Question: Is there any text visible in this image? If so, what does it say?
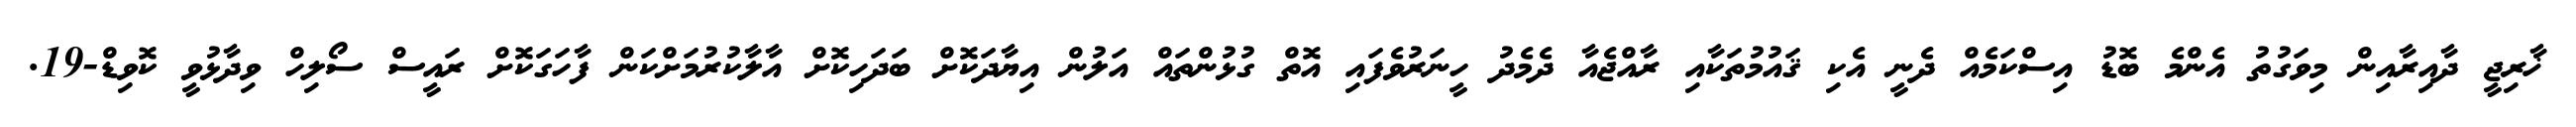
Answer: ޚާރިޖީ ދާއިރާއިން މިވަގުތު އެންމެ ބޮޑު އިސްކަމެއް ދެނީ އެކި ޤައުމުތަކާއި ރާއްޖެއާ ދެމެދު ހީނަރުވެފައި އޮތް ގުޅުންތައް އަލުން އިޔާދަކޮށް ބަދަހިކޮށް އާލާކުރުމަށްކަން ފާހަގަކޮށް ރައީސް ސޯލިހް ވިދާޅުވީ ކޮވިޑް-19.